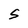
Character: S